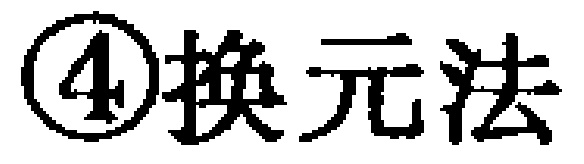
\textcircled{4}换元法